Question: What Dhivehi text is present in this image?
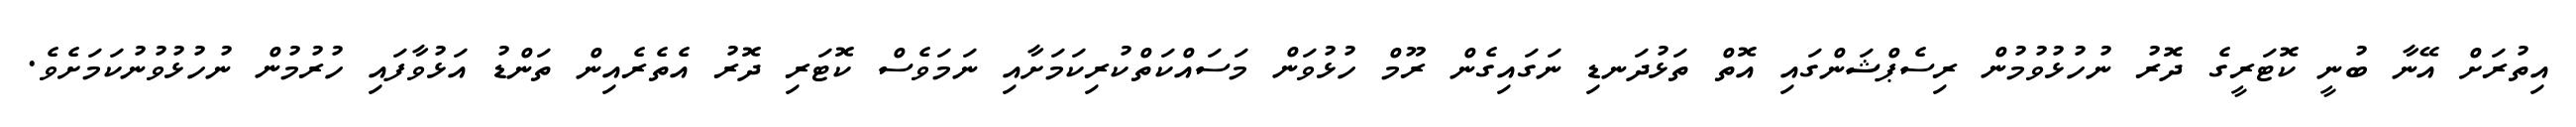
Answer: އިތުރަށް އޭނާ ބުނީ ކޮޓަރީގެ ދޮރު ނުހުޅުވުމުން ރިސެޕްޝަންގައި އޮތް ތަޅުދަނޑި ނަގައިގެން ރޫމް ހުޅުވަން މަސައްކަތްކުރިކަމަށާއި ނަމަވެސް ކޮޓަރި ދޮރު އެތެރެއިން ތަންޑު އަޅުވާފައި ހުރުމުން ނުހުޅުވުނުކަމަށެވެ.